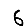
Digit: 6